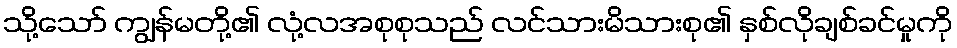
သို့သော် ကျွန်မတို့၏ လုံ့လအစုစုသည် လင်သားမိသားစု၏ နှစ်လိုချစ်ခင်မှုကို